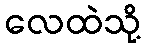
လေထဲသို့